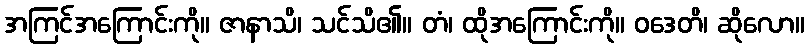
အကြင်အကြောင်းကို။ ဇာနာသိ၊ သင်သိ၏။ တံ၊ ထိုအကြောင်းကို။ ဝဒေတိ၊ ဆိုလော။